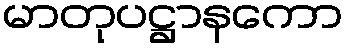
မာတုပဋ္ဌာနကော